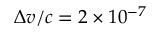
\Delta v / c = 2 \times 1 0 ^ { - 7 }